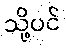
သို့ပင်